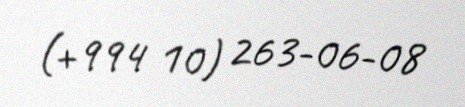
(+994 10) 263-06-08